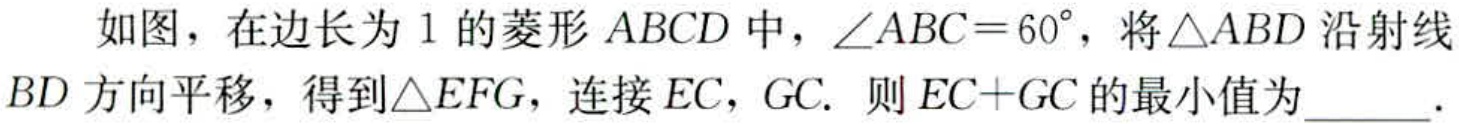
如图，在边长为1的菱形$ABCD$中，$\angle ABC = 60^{\circ}$，将$\triangle ABD$沿射线$BD$方向平移，得到$\triangle EFG$，连接$EC$，$GC$. 则$EC + GC$的最小值为______.